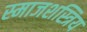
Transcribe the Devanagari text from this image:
स्माजशस्त्रिय